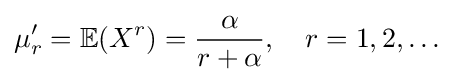
\mu '_{r}=\mathbb {E} (X^{r})={\frac {\alpha }{r+\alpha }},\quad r=1,2,\ldots